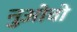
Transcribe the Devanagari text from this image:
नुओवो